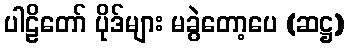
ပါဠိတော် ပိုဒ်များ မခွဲတော့ပေ (ဆဋ္ဌ)